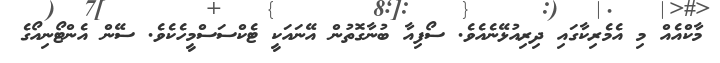
މާކްއެއް މި އެމެރިކާގައި ދިރިއުޅޭނެއެވެ. ސޯފިއާ ބުނާގޮތުން އޭނައަކީ ޓެކްސަސްމީހެކެވެ. ސޭން އެންޓޯނިއޯގެ